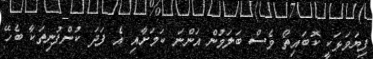
ފިޔަވަޅަކީ ކޮބައިތޯ ވެސް ބަލަމުން އަންނަ ކަމަށާއި އެ ފަދަ ކުންފުނިތަކާ ބެހޭ